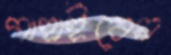
গাহাইবেন